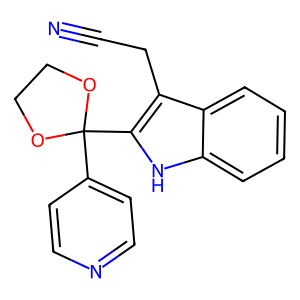
SMILES: N#CCc1c(C2(c3ccncc3)OCCO2)[nH]c2ccccc12
Inhibits HIV replication: No